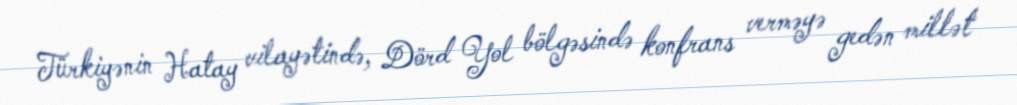
Türkiyənin Hatay vilayətində, Dörd Yol bölgəsində konfrans verməyə gedən millət